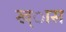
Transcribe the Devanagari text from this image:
ख्ास